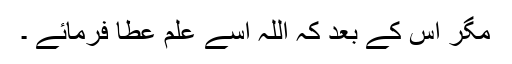
مگر اس کے بعد کہ اللہ اسے علم عطا فرمائے ۔